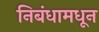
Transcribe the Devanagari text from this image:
निबंधामधून